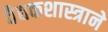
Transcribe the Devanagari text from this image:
वैद्यकशास्त्राने